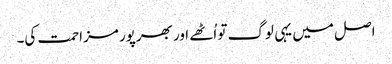
اصل میں یہی لوگ تو اُٹھے اور بھرپور مزاحمت کی۔